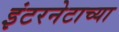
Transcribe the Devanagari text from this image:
इंटरनेटाच्या